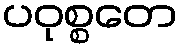
ပဝုစ္စတေ